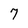
Character: 7